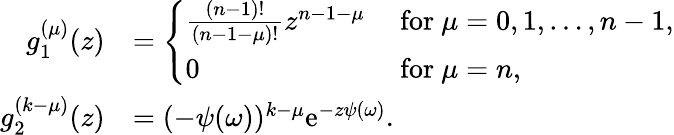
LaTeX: \begin{array}{rl}{g_{1}^{(\mu)}(z)}&{=\left\{ \begin{array}{ll}{\frac{(n-1)!}{(n-1-\mu)!}z^{n-1-\mu}}&{\mathrm{~for~}\mu=0,1,\ldots,n-1,}\\ {0}&{\mathrm{~for~}\mu=n,}\end{array}\right.}\\ {g_{2}^{(k-\mu)}(z)}&{=(-\psi(\omega))^{k-\mu}\mathrm e^{-z\psi(\omega)}.}\end{array}